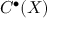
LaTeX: C ^ { \bullet } ( X )